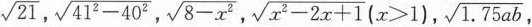
\sqrt{21},$$ \sqrt { 4 1 ^ { 2 } - 4 0^ { 2 } }$$,$$\sqrt { 8 - x ^ { 2 } } , \sqrt { x ^ { 2 } - 2 x+ 1 } ( x > 1 )$$, \sqrt{1.75ab}